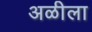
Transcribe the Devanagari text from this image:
अळीला